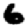
Digit: 6